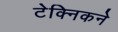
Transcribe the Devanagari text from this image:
टेक्निकने